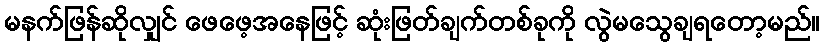
မနက်ဖြန်ဆိုလျှင် ဖေဖေ့အနေဖြင့် ဆုံးဖြတ်ချက်တစ်ခုကို လွဲမသွေချရတော့မည်။